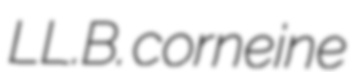
LL.B. corneine